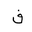
Letter: _fa